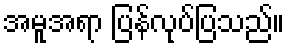
အမူအရာ ပြန်လုပ်ပြသည်။